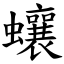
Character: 蠰